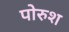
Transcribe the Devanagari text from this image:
पोरुश